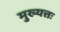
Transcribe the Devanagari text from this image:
मुख्यत्तः